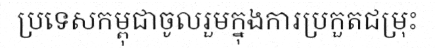
ប្រទេសកម្ពុជាចូលរួមក្នុងការប្រកួតជម្រុះ